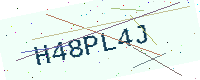
Text: H48PL4J